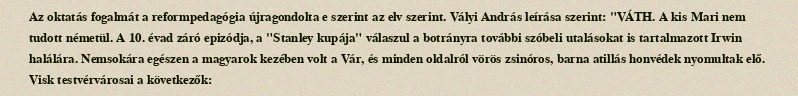
Az oktatás fogalmát a reformpedagógia újragondolta e szerint az elv szerint. Vályi András leírása szerint: "VÁTH. A kis Mari nem tudott németül. A 10. évad záró epizódja, a "Stanley kupája" válaszul a botrányra további szóbeli utalásokat is tartalmazott Irwin halálára. Nemsokára egészen a magyarok kezében volt a Vár, és minden oldalról vörös zsinóros, barna atillás honvédek nyomultak elő. Visk testvérvárosai a következők: